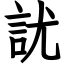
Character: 訧